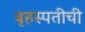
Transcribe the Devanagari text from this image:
बृहस्पतीची